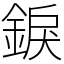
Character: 錑